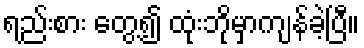
ရည်းစား တွေ့၍ ထုံးဘိုမှာကျန်ခဲ့ပြီ။